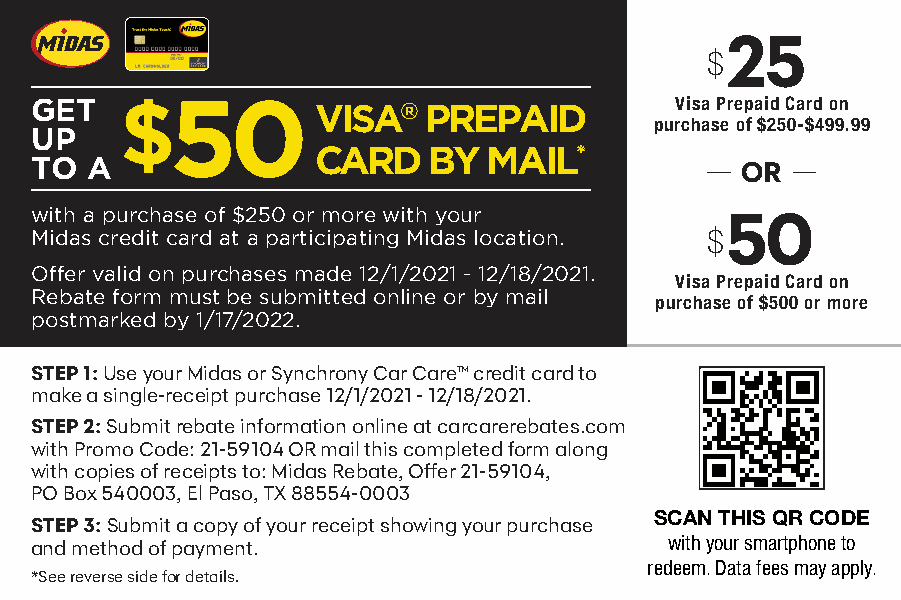
25
 $
 GET
 $50
 VISA®  PREPAID          Visa Prepaid Card on
 purchase of $250-$499.99
 UP
 CARD   BY  MAIL*
 TO  A                                          OR
 with a purchase of $250 or more with your     50
 Midas credit card at a participating Midas location. $
 Offer valid on purchases made 12/1/2021 - 12/18/2021.
 Visa Prepaid Card on
 Rebate form must be submitted online or by mail
 purchase of $500 or more
 postmarked by .1/17/2022.
 STEP 1: Use your Midas or Synchrony Car Care™ credit card to
 make a single-receipt purchase 12/1/2021 - 12/18/2021.
 STEP 2: Submit rebate information online at carcarerebates.com
 with Promo Code: 21-59104 OR mail this completed form along
 with copies of receipts to: Midas Rebate, Offer 21-59104,
 PO Box 540003, El Paso, TX 88554-0003
 SCAN THIS QR CODE
 STEP 3: Submit a copy of your receipt showing your purchase
 and method of payment.                    with your smartphone to
 redeem. Data fees may apply.
 *See reverse side for details.